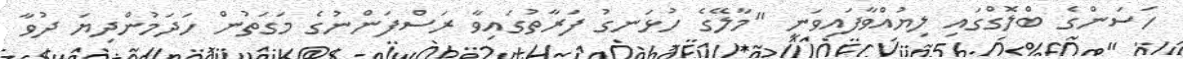
ހަސަންގެ ބްލޮގްގައި ލިޔުއްވާފައިވަނީ "މާލޭގެ ހުޅަނގު ފަރާތުގައިވާ ރަސްފަންނުގެ މަގަތުން ހަދަމުންދިޔަ ދުވާ